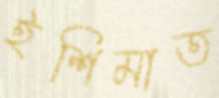
ইশিমাত